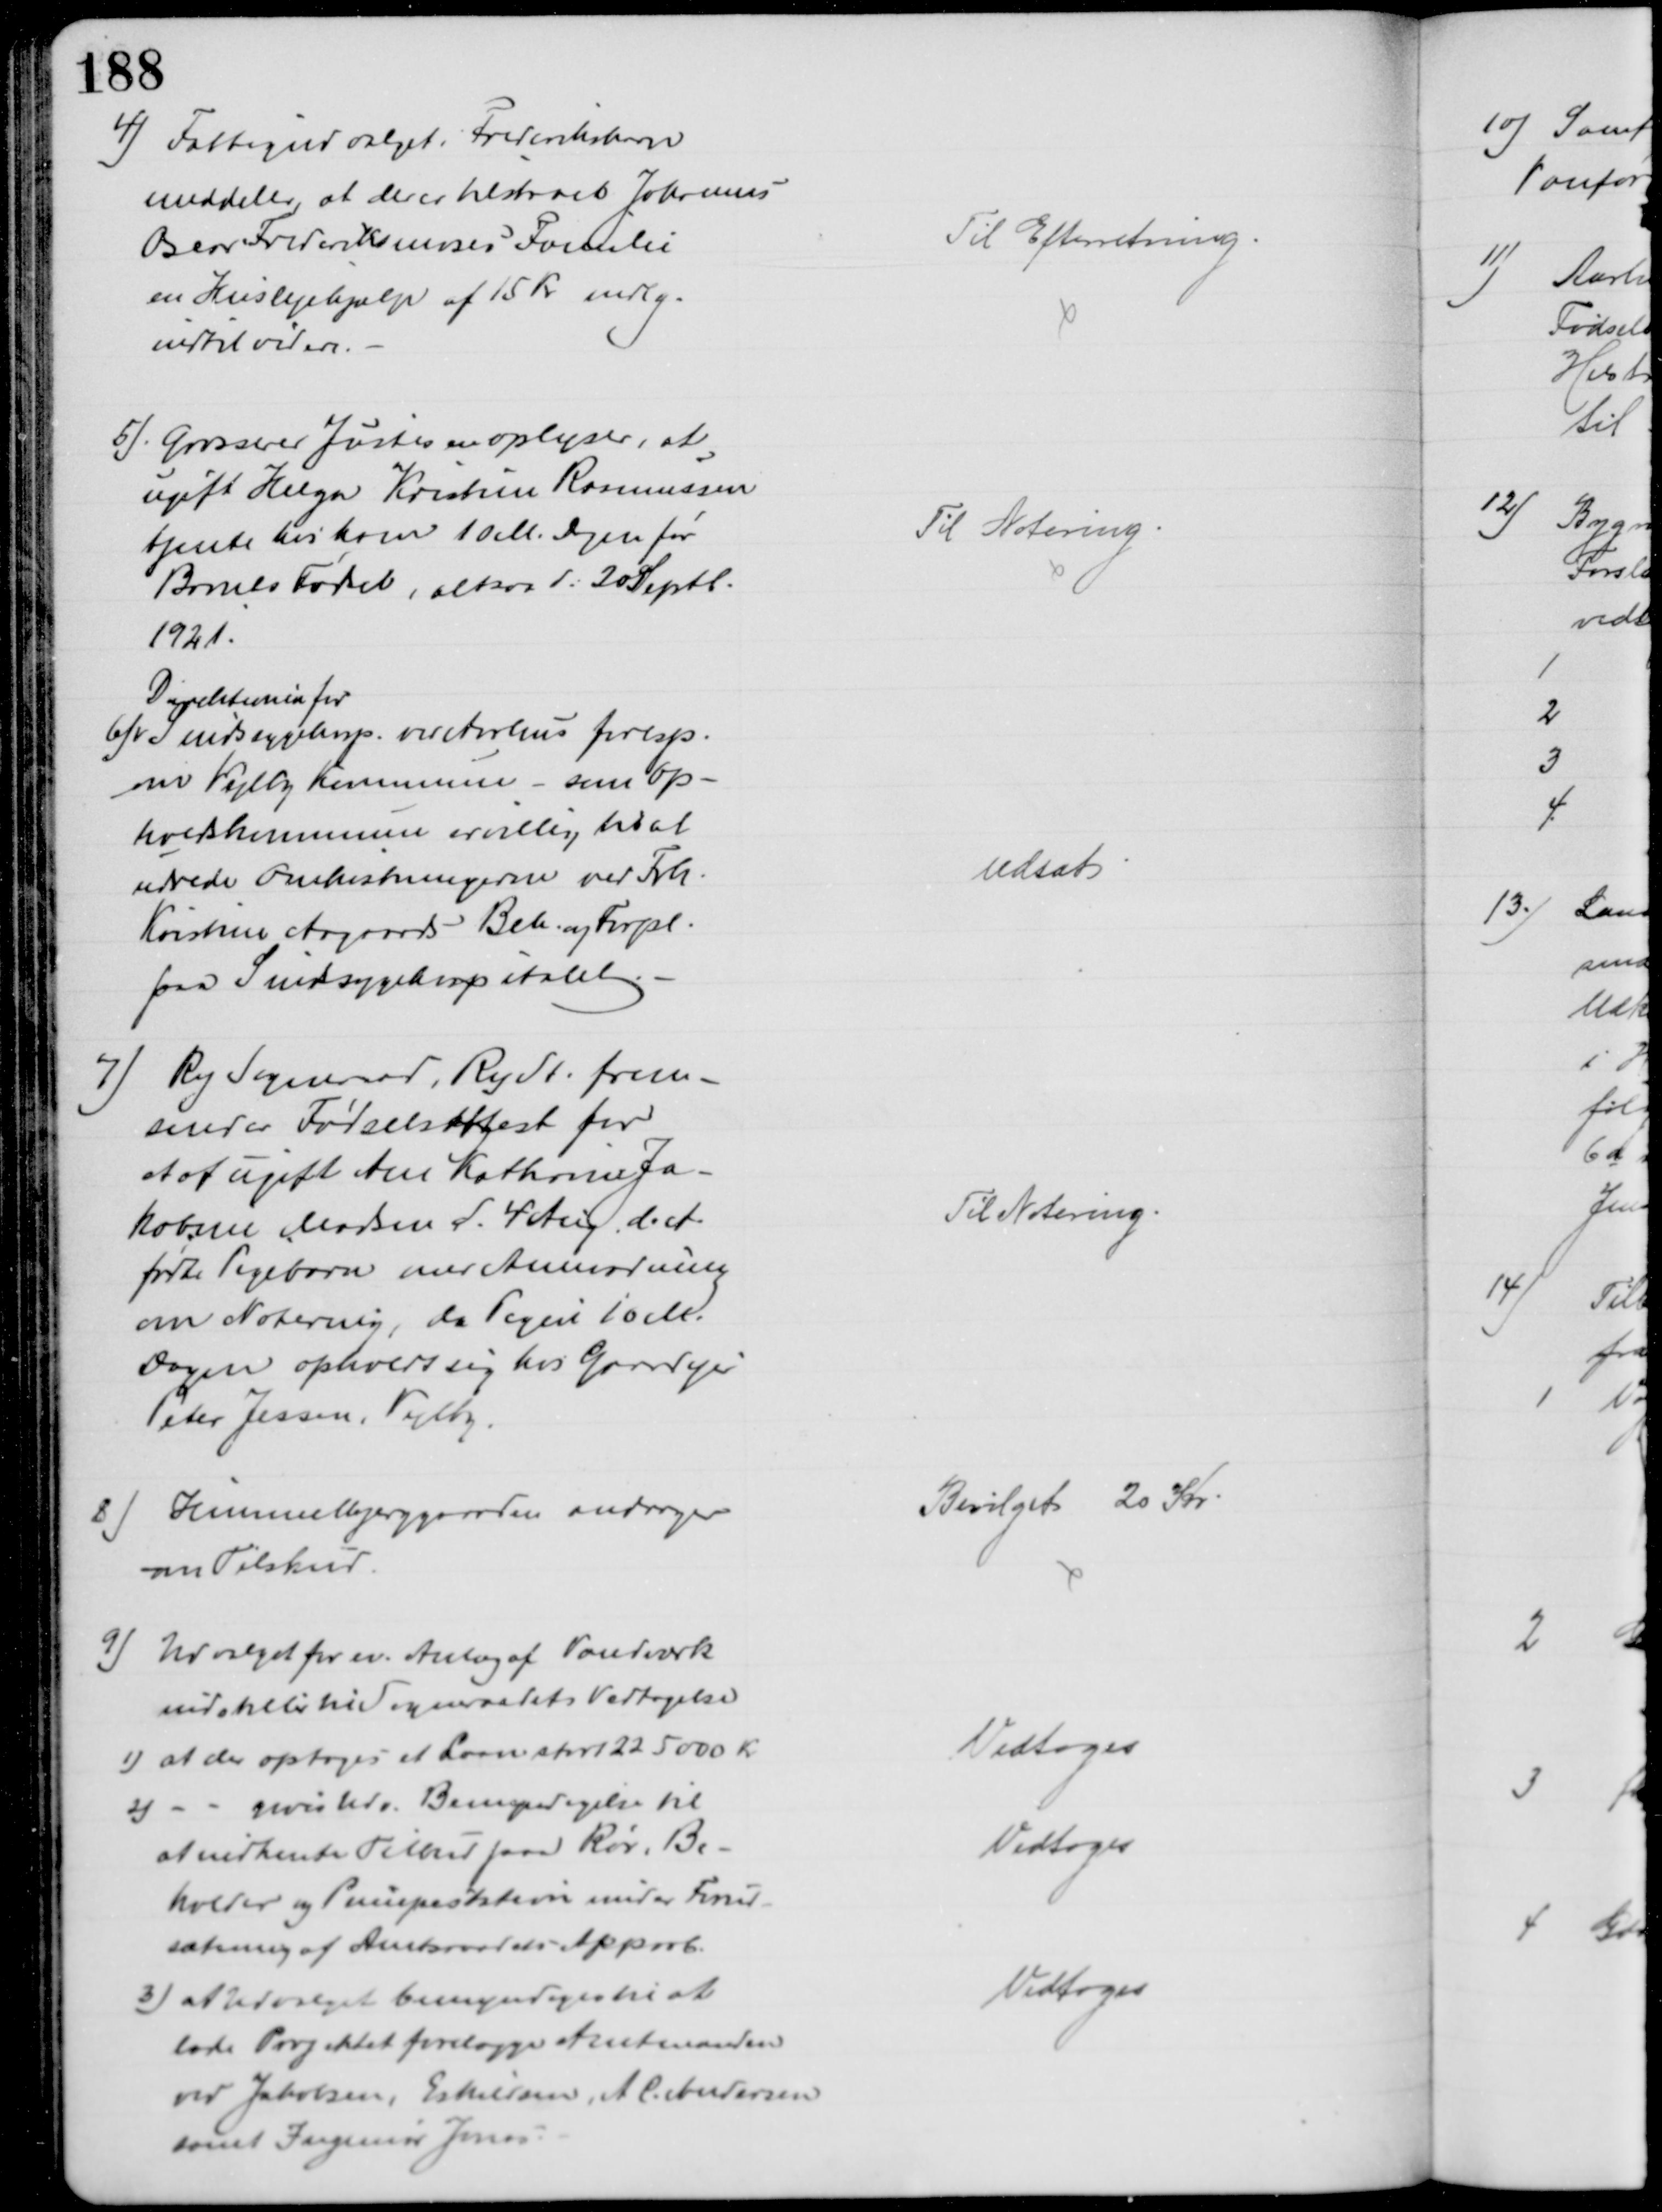
Transskription:
4) Fattigudvalget i Frederikshavn
meddeler, at der er tilstaaet Johannes
Oscar Frederiksmoses Familie
en Huslejehjælp af 15 Kr mdlg.
indtil videre.
Til Efterretning
5). Grosserer Justesen oplyser, at
ugift Helga Kristine Rasmussen
tjente hos ham 10 M. Dagen før
Barnes Fødel, altsaa d: 20 Septr.
1921.
Til Notering
6)
Direktionen for
Sindssygehosp. ved Aarhus foresp.
om Vejlby Kommune - som Op-
holdskommune er villig, til at 
udrede Omkostningerne ved Frk.
Kirstine Aagaards Beh. og Forpl.
paa Sindsygehospitalet.
Udsat
7) Ry Sogneraad, Ry St. frem-
sender Fødselsattest for
et af ugift Ane Kathrine Ja-
kobine Madsen d. 4 Aug. d. A.
fødte Pigebarn med Anmodning
om Notering, da Pigen 10 M.
Dagen opholdt sig hos Gaardejer
Peter Jessen, Vejlby.
Til Notering
8) Himmelbjerggaarden andrager
om Tilskud
Bevilget 20 Kr
9) Udvalget for ev. Anlæg af Vandværk
indstiller til Sogneraadets Vedtagelse
1) at der optages et Laan stort 225000 Kr
Vedtoges
2)
gives Udv. Bemyndigelse til
at indhente Tilbud paa Rør, Be-
holder og Pumpestation under Forud-
sætning af Amtsraadets Approb.
Vedtoges
3) at Udvalget bemyndiges til at
lade Projektet forelægge Amtmanden
ved Jakobsen, Eskildsen, A C. Andersen
samt Ingeniør Jarner
Vedtoges